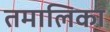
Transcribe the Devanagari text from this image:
तमालिका